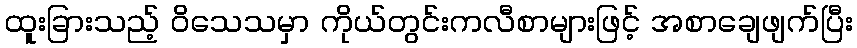
ထူးခြားသည့် ဝိသေသမှာ ကိုယ်တွင်းကလီစာများဖြင့် အစာချေဖျက်ပြီး